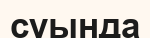
суында